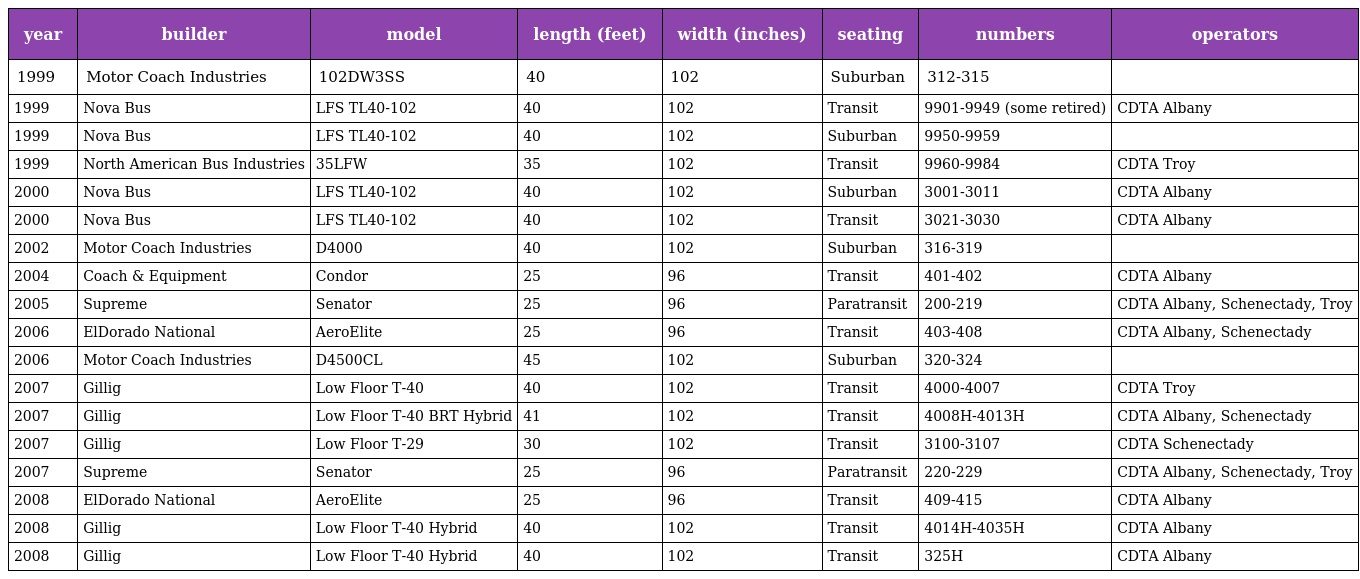
| year | builder | model | length (feet) | width (inches) | seating | numbers | operators |
 | --- | --- | --- | --- | --- | --- | --- | --- |
 | 1999 | Motor Coach Industries | 102DW3SS | 40 | 102 | Suburban | 312-315 |  |
 | 1999 | Nova Bus | LFS TL40-102 | 40 | 102 | Transit | 9901-9949 (some retired) | CDTA Albany |
 | 1999 | Nova Bus | LFS TL40-102 | 40 | 102 | Suburban | 9950-9959 |  |
 | 1999 | North American Bus Industries | 35LFW | 35 | 102 | Transit | 9960-9984 | CDTA Troy |
 | 2000 | Nova Bus | LFS TL40-102 | 40 | 102 | Suburban | 3001-3011 | CDTA Albany |
 | 2000 | Nova Bus | LFS TL40-102 | 40 | 102 | Transit | 3021-3030 | CDTA Albany |
 | 2002 | Motor Coach Industries | D4000 | 40 | 102 | Suburban | 316-319 |  |
 | 2004 | Coach & Equipment | Condor | 25 | 96 | Transit | 401-402 | CDTA Albany |
 | 2005 | Supreme | Senator | 25 | 96 | Paratransit | 200-219 | CDTA Albany, Schenectady, Troy |
 | 2006 | ElDorado National | AeroElite | 25 | 96 | Transit | 403-408 | CDTA Albany, Schenectady |
 | 2006 | Motor Coach Industries | D4500CL | 45 | 102 | Suburban | 320-324 |  |
 | 2007 | Gillig | Low Floor T-40 | 40 | 102 | Transit | 4000-4007 | CDTA Troy |
 | 2007 | Gillig | Low Floor T-40 BRT Hybrid | 41 | 102 | Transit | 4008H-4013H | CDTA Albany, Schenectady |
 | 2007 | Gillig | Low Floor T-29 | 30 | 102 | Transit | 3100-3107 | CDTA Schenectady |
 | 2007 | Supreme | Senator | 25 | 96 | Paratransit | 220-229 | CDTA Albany, Schenectady, Troy |
 | 2008 | ElDorado National | AeroElite | 25 | 96 | Transit | 409-415 | CDTA Albany |
 | 2008 | Gillig | Low Floor T-40 Hybrid | 40 | 102 | Transit | 4014H-4035H | CDTA Albany |
 | 2008 | Gillig | Low Floor T-40 Hybrid | 40 | 102 | Transit | 325H | CDTA Albany |